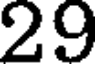
29